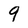
Character: 9